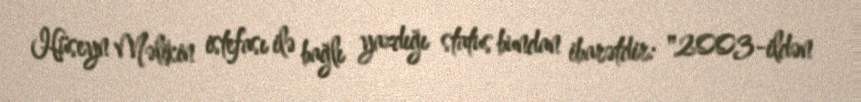
Hüseyn Məlikin istefası ilə bağlı yazdığı status bundan ibarətdir: "2003-ildən